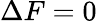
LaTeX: \Delta F=0